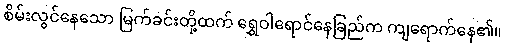
စိမ်းလွင်နေသော မြက်ခင်းတို့ထက် ရွှေဝါရောင်နေခြည်က ကျရောက်နေ၏။